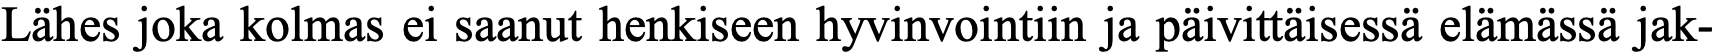
Lähes joka kolmas ei saanut henkiseen hyvinvointiin ja päivittäisessä elämässä jak-